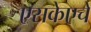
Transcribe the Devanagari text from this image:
एसकेएचे